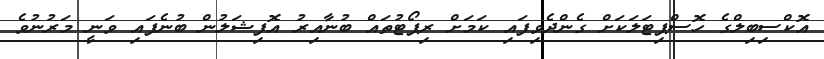
އޮކްސިބިލްގެ ހޮސްޕިޓަލަކަށް ގެންދެވިފައި ކަމަށް ރިޕޯޓުތައް ބުނާއިރު އޮފިޝަލުން ބުނެފައި ވަނީ މަރުނުވެ